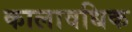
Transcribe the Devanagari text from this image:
कालावधिक